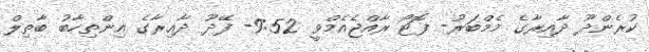
ކުރެންދޫ ދާއިރާގެ މެމްބަރު- ފޮޓޯ ރާއްޖެއެމްވީ 9:52- ފޭދޫ ދާޢިރާގެ އިންތިހާބު ބާތިލް